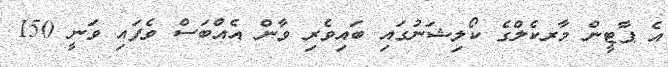
އެ ޕާޓީން މާރކެލްގެ ކޯލިޝަނުގައި ބައިވެރި ވާން އެއްބަސް ވެފައި ވަނީ 150